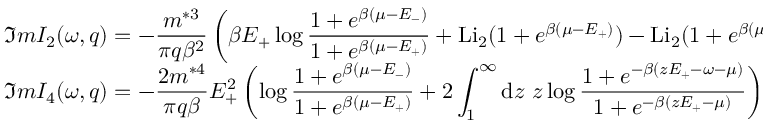
\begin{array} { l l } { { { \displaystyle \Im m I _ { 2 } ( \omega , q ) = - \frac { m ^ { * 3 } } { \pi q \beta ^ { 2 } } \left( \beta E _ { + } \log \frac { 1 + e ^ { \beta ( \mu - E _ { - } ) } } { 1 + e ^ { \beta ( \mu - E _ { + } ) } } + \mathrm { L i } _ { 2 } ( 1 + e ^ { \beta ( \mu - E _ { + } ) } ) - \mathrm { L i } _ { 2 } ( 1 + e ^ { \beta ( \mu - E _ { - } ) } ) \right) } } } \\ { { { \displaystyle \Im m I _ { 4 } ( \omega , q ) = - \frac { 2 m ^ { * 4 } } { \pi q \beta } E _ { + } ^ { 2 } \left( \log \frac { 1 + e ^ { \beta ( \mu - E _ { - } ) } } { 1 + e ^ { \beta ( \mu - E _ { + } ) } } + 2 \int _ { 1 } ^ { \infty } \mathrm { d } z ~ z \log \frac { 1 + e ^ { - \beta ( z E _ { + } - \omega - \mu ) } } { 1 + e ^ { - \beta ( z E _ { + } - \mu ) } } \right) } } } \end{array}